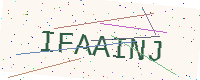
Text: IFAAINJ